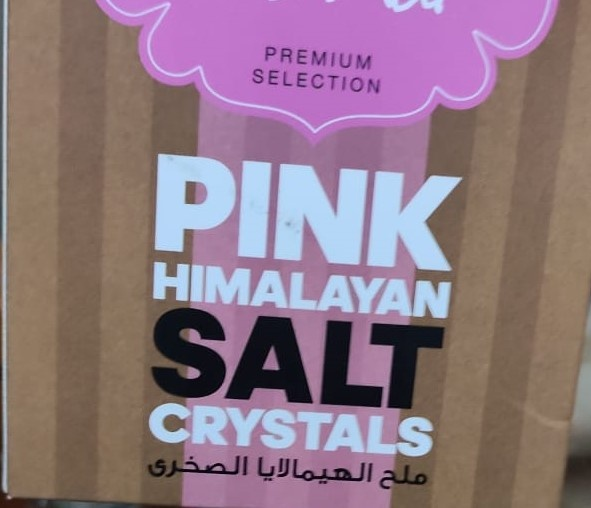
Text in image: الصخري الهيمالايا ملح PREMIUM SELECTION PINK HIMALAYAN SALT CRYSTALS